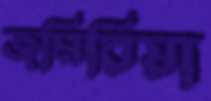
জমিরিয়া